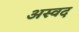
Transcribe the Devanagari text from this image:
अस्वद